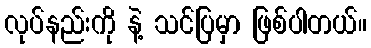
လုပ်နည်းကို နဲ့ သင်ပြမှာ ဖြစ်ပါတယ်။